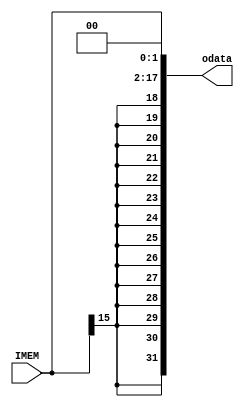
`timescale 1ns / 1ps
//////////////////////////////////////////////////////////////////////////////////
// Company: 
// Engineer: 
// 
// Design Name: 
// Module Name: Ext18
// Project Name: 
// Target Devices: 
// Tool Versions: 
// Description: 
// 
// Dependencies: 
// 
// Revision:
// Revision 0.01 - File Created
// Additional Comments:
// 
//////////////////////////////////////////////////////////////////////////////////


module Ext18(
input [15:0]IMEM,
output [31:0]odata
    );
    assign odata={{14{IMEM[15]}},IMEM,2'd0};
endmodule